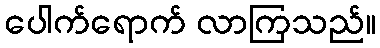
ပေါက်ရောက် လာကြသည်။